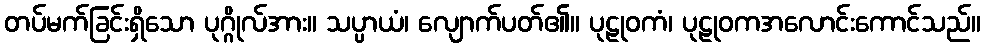
တပ်မက်ခြင်းရှိသော ပုဂ္ဂိုလ်အား။ သပ္ပာယံ၊ လျောက်ပတ်၏။ ပုဠုဝကံ၊ ပုဠုဝကအလောင်းကောင်သည်။